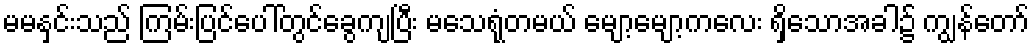
မမနှင်းသည် ကြမ်းပြင်ပေါ်တွင်ခွေကျပြီး မသေရုံတမယ် မျော့မျော့ကလေး ရှိသောအခါ၌ ကျွန်တော်